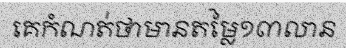
គេកំណត់ថាមានតម្លៃ១៣លាន